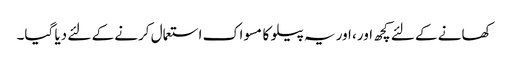
کھانے کے لئے کچھ اور، اور یہ پیلو کا مسواک استعمال کرنے کے لئے دیا گیا۔